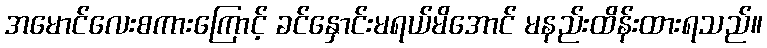
အမောင်လေးစကားကြောင့် ခင်နှောင်းမရယ်မိအောင် မနည်းထိန်းထားရသည်။